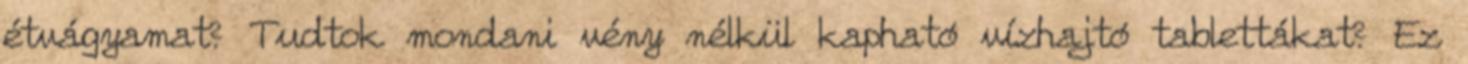
étvágyamat? Tudtok mondani vény nélkül kapható vízhajtó tablettákat? Ez